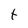
Character: t